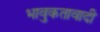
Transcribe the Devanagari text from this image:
भावुकतावादी